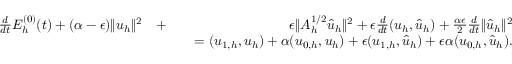
\begin{array} { r l r } { \frac { d } { d t } { \cal E } _ { h } ^ { ( 0 ) } ( t ) + ( \alpha - \epsilon ) \| u _ { h } \| ^ { 2 } } & { + } & { \epsilon \| A _ { h } ^ { 1 / 2 } \hat { u } _ { h } \| ^ { 2 } + \epsilon \frac { d } { d t } ( u _ { h } , \hat { u } _ { h } ) + \frac { \alpha \epsilon } { 2 } \frac { d } { d t } \| \hat { u } _ { h } \| ^ { 2 } } \\ & { } & { \quad = ( u _ { 1 , h } , u _ { h } ) + \alpha ( u _ { 0 , h } , u _ { h } ) + \epsilon ( u _ { 1 , h } , \hat { u } _ { h } ) + \epsilon \alpha ( u _ { 0 , h } , \hat { u } _ { h } ) . } \end{array}